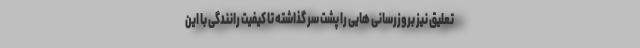
تعلیق نیز بروزرسانی هایی را پشت سر گذاشته تا کیفیت رانندگی با این